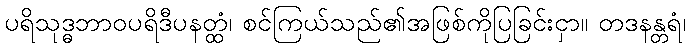
ပရိသုဒ္ဓဘာဝပရိဒီပနတ္ထံ၊ စင်ကြယ်သည်၏အဖြစ်ကိုပြခြင်းငှာ။ တဒနန္တရံ၊